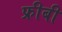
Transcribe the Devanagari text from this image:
फ्रीबी